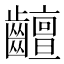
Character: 𪙵